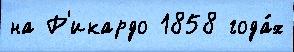
на Р'икардо 1858 года́х